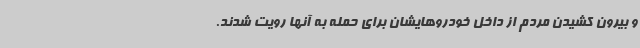
و بیرون کشیدن مردم از داخل خودروهایشان برای حمله به آنها رویت شدند.